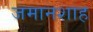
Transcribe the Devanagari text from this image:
जमानशाह